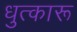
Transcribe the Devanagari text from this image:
धुत्कारू